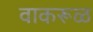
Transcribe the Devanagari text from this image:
वाकरूळ